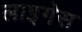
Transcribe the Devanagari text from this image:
लाइगेस